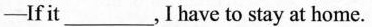
-If it___,I have to stay at home.